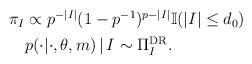
LaTeX: \begin{align*}\begin{aligned}\pi_I &\propto p^{-|I|}(1-p^{-1})^{p-|I|}\mathbb{I}(|I|\leq d_0) \\&p(\cdot |\cdot, \theta, m) \, |\, I \sim \Pi^{\mathrm{DR}}_I.\end{aligned}\end{align*}